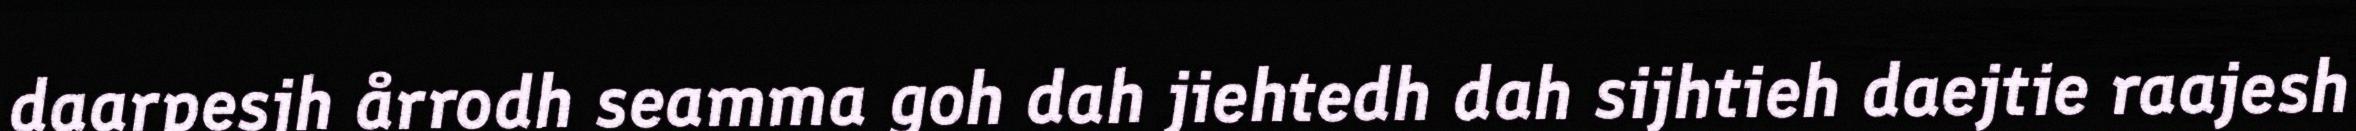
daarpesjh årrodh seamma goh dah jiehtedh dah sijhtieh daejtie raajesh